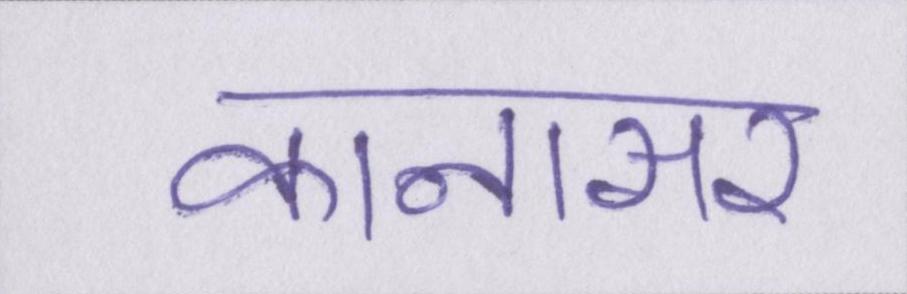
कानासर